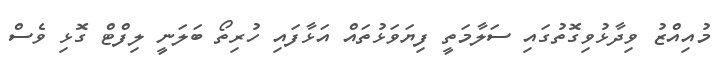
މުއިއްޒު ވިދާޅުވިގޮތުގައި ސަލާމަތީ ފިޔަވަޅުތައް އަޅާފައި ހުރިތޯ ބަލަނީ ލިފްޓް ގޮޅި ވެސް